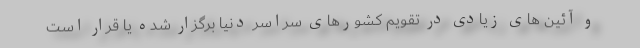
و آئین های زیادی در تقویم کشورهای سراسر دنیا برگزار شده یا قرار است